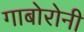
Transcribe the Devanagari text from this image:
गाबोरोनी